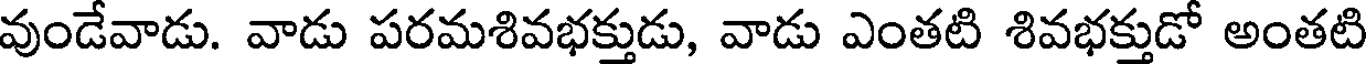
వుండేవాడు. వాడు పరమశివభక్తుడు, వాడు ఎంతటి శివభక్తుడో అంతటి